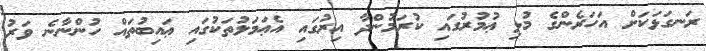
ރަނގަޅަކަށް އަހަރެންގެ މުޅި ޢުމުރުގައި ކުރަމުންދާ އިރުގައި އެޢަމަލުތަކުގައި ޢައިބުތައް ހުންނާނެ ވަރު